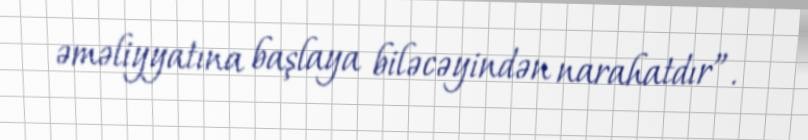
əməliyyatına başlaya biləcəyindən narahatdır”.